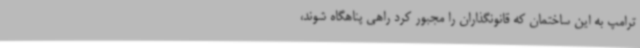
ترامپ به این ساختمان که قانونگذاران را مجبور کرد راهی پناهگاه شوند،